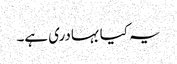
یہ کیا بہادری ہے۔